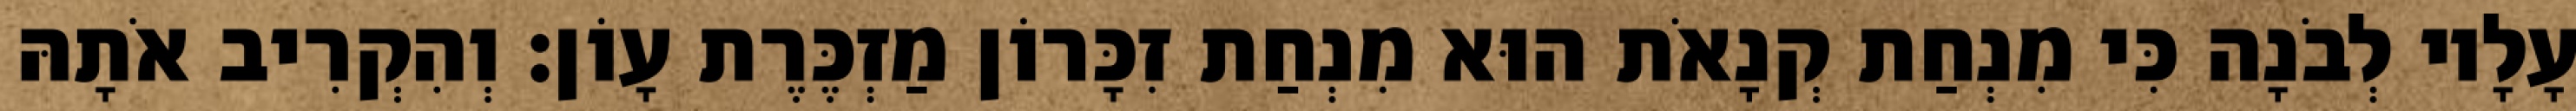
עָלָיו לְבֹנָה כִּי מִנְחַת קְנָאֹת הוּא מִנְחַת זִכָּרוֹן מַזְכֶּרֶת עָוֹן׃ וְהִקְרִיב אֹתָהּ